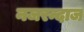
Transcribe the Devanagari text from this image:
नजरन्दाज